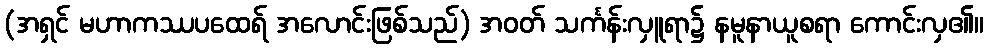
(အရှင် မဟာကဿပထေရ် အလောင်းဖြစ်သည်) အဝတ် သင်္ကန်းလှူရာ၌ နမူနာယူစရာ ကောင်းလှ၏။